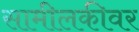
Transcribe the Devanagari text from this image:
सामीलकीवर